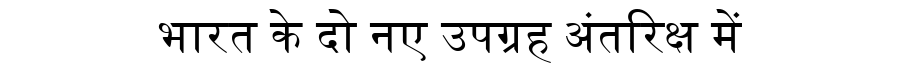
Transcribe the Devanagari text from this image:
भारत के दो नए उपग्रह अंतरिक्ष में